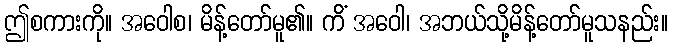
ဤစကားကို။ အဝေါစ၊ မိန့်တော်မူ၏။ ကိံ အဝေါ၊ အဘယ်သို့မိန့်တော်မူသနည်း။